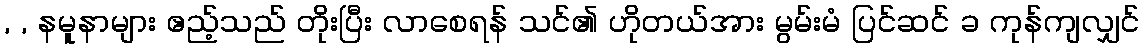
, , နမူနာများ ဧည့်သည် တိုးပြီး လာစေရန် သင်၏ ဟိုတယ်အား မွမ်းမံ ပြင်ဆင် ခ ကုန်ကျလျှင်